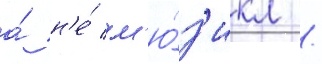
а́ н'е́ м'ю́з'икл /